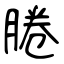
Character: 腃